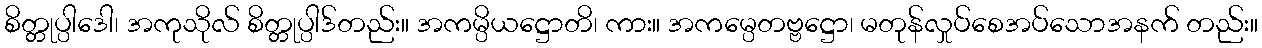
စိတ္တုပ္ပါဒေါ၊ အကုသိုလ် စိတ္တုပ္ပါဒ်တည်း။ အကမ္ပိယဋ္ဌောတိ၊ ကား။ အကမ္ပေတဗ္ဗဋ္ဌော၊ မတုန်လှုပ်စေအပ်သောအနက် တည်း။